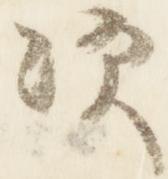
次